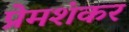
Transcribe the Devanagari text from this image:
प्रेमशंकर